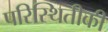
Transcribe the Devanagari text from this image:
परिस्थितीकी